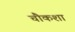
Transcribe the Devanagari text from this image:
चौकशा